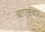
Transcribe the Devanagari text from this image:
बाएतबार